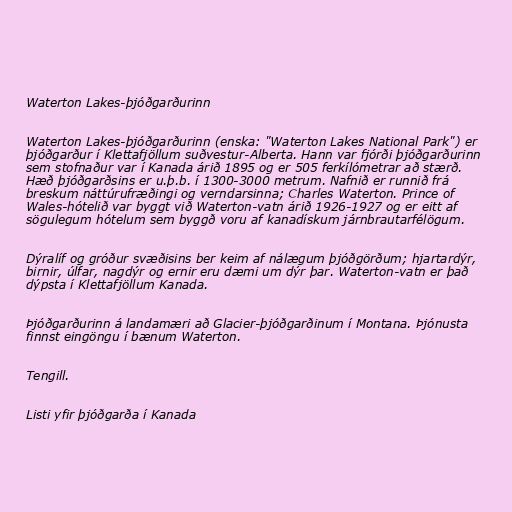
Waterton Lakes-þjóðgarðurinn

Waterton Lakes-þjóðgarðurinn (enska: "Waterton Lakes National Park") er
þjóðgarður í Klettafjöllum suðvestur-Alberta. Hann var fjórði þjóðgarðurinn
sem stofnaður var í Kanada árið 1895 og er 505 ferkílómetrar að stærð.
Hæð þjóðgarðsins er u.þ.b. í 1300-3000 metrum. Nafnið er runnið frá
breskum náttúrufræðingi og verndarsinna; Charles Waterton. Prince of
Wales-hótelið var byggt við Waterton-vatn árið 1926-1927 og er eitt af
sögulegum hótelum sem byggð voru af kanadískum járnbrautarfélögum.

Dýralíf og gróður svæðisins ber keim af nálægum þjóðgörðum; hjartardýr,
birnir, úlfar, nagdýr og ernir eru dæmi um dýr þar. Waterton-vatn er það
dýpsta í Klettafjöllum Kanada.

Þjóðgarðurinn á landamæri að Glacier-þjóðgarðinum í Montana. Þjónusta
finnst eingöngu í bænum Waterton.

Tengill.

Listi yfir þjóðgarða í Kanada